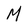
Character: M